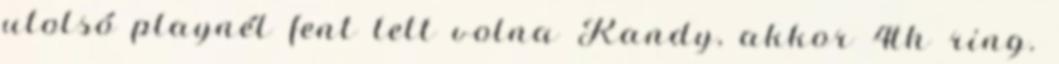
utolsó playnél fent lett volna Randy, akkor 4th ring.